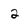
Character: 2